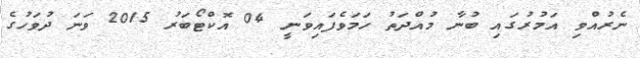
ނެރުއްވި އަމުރުގައި ބުނާ މުއްދަތު ހަމަވެފައިވަނީ 04 އޮކްޓޯބަރު 2015 ވަނަ ދުވަހުގެ